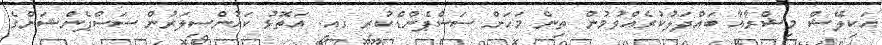
އަކިލޭޝް މިޝްރާއާ ބައްދަލުކުރެއްވުމުން ތިން މަހަށް ސަސްޕެންޑްކުރި ގއ. އަތޮޅު ކައުންސިލަރުން ސަސްޕެންޝަންގެ